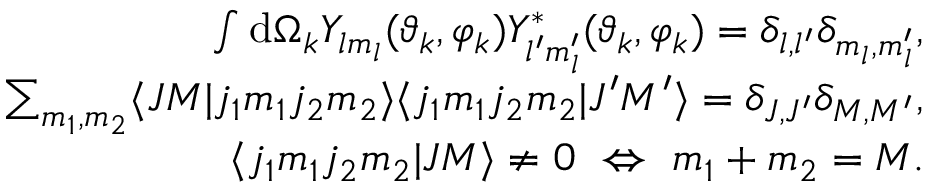
\begin{array} { r } { \int \mathrm { d } \Omega _ { k } Y _ { l m _ { l } } ( \vartheta _ { k } , \varphi _ { k } ) Y _ { l ^ { \prime } m _ { l } ^ { \prime } } ^ { * } ( \vartheta _ { k } , \varphi _ { k } ) = \delta _ { l , l ^ { \prime } } \delta _ { m _ { l } , m _ { l } ^ { \prime } } , } \\ { \sum _ { m _ { 1 } , m _ { 2 } } \langle J M | j _ { 1 } m _ { 1 } j _ { 2 } m _ { 2 } \rangle \langle j _ { 1 } m _ { 1 } j _ { 2 } m _ { 2 } | J ^ { \prime } M ^ { \prime } \rangle = \delta _ { J , J ^ { \prime } } \delta _ { M , M ^ { \prime } } , } \\ { \langle j _ { 1 } m _ { 1 } j _ { 2 } m _ { 2 } | J M \rangle \neq 0 \ \Leftrightarrow \ m _ { 1 } + m _ { 2 } = M . } \end{array}